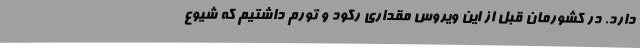
دارد. در کشورمان قبل از این ویروس مقداری رکود و تورم داشتیم که شیوع